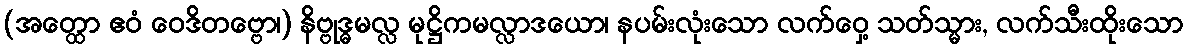
(အတ္ထော ဧဝံ ဝေဒိတဗ္ဗော၊) နိဗ္ဗုဒ္ဓမလ္လ မုဋ္ဌိကမလ္လာဒယော၊ နပမ်းလုံးသော လက်ဝှေ့ သတ်သ္မား, လက်သီးထိုးသော